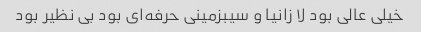
خیلی عالی بود لا زانیا و سیبزمینی حرفه‌ای بود بی نظیر بود